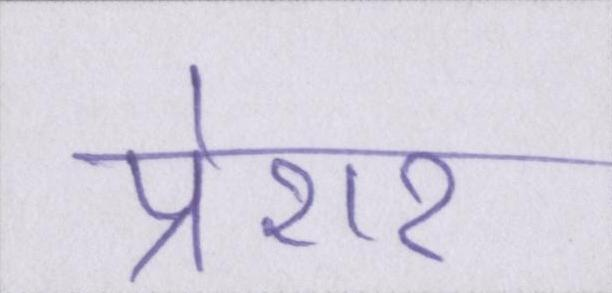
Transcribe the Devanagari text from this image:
प्रेशर